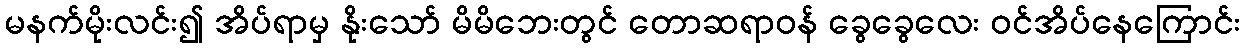
မနက်မိုးလင်း၍ အိပ်ရာမှ နိုးသော် မိမိဘေးတွင် တောဆရာဝန် ခွေခွေလေး ဝင်အိပ်နေကြောင်း